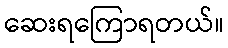
ဆေးရကြောရတယ်။